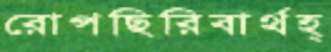
রোপছিরিবার্থহ্